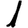
Digit: 1